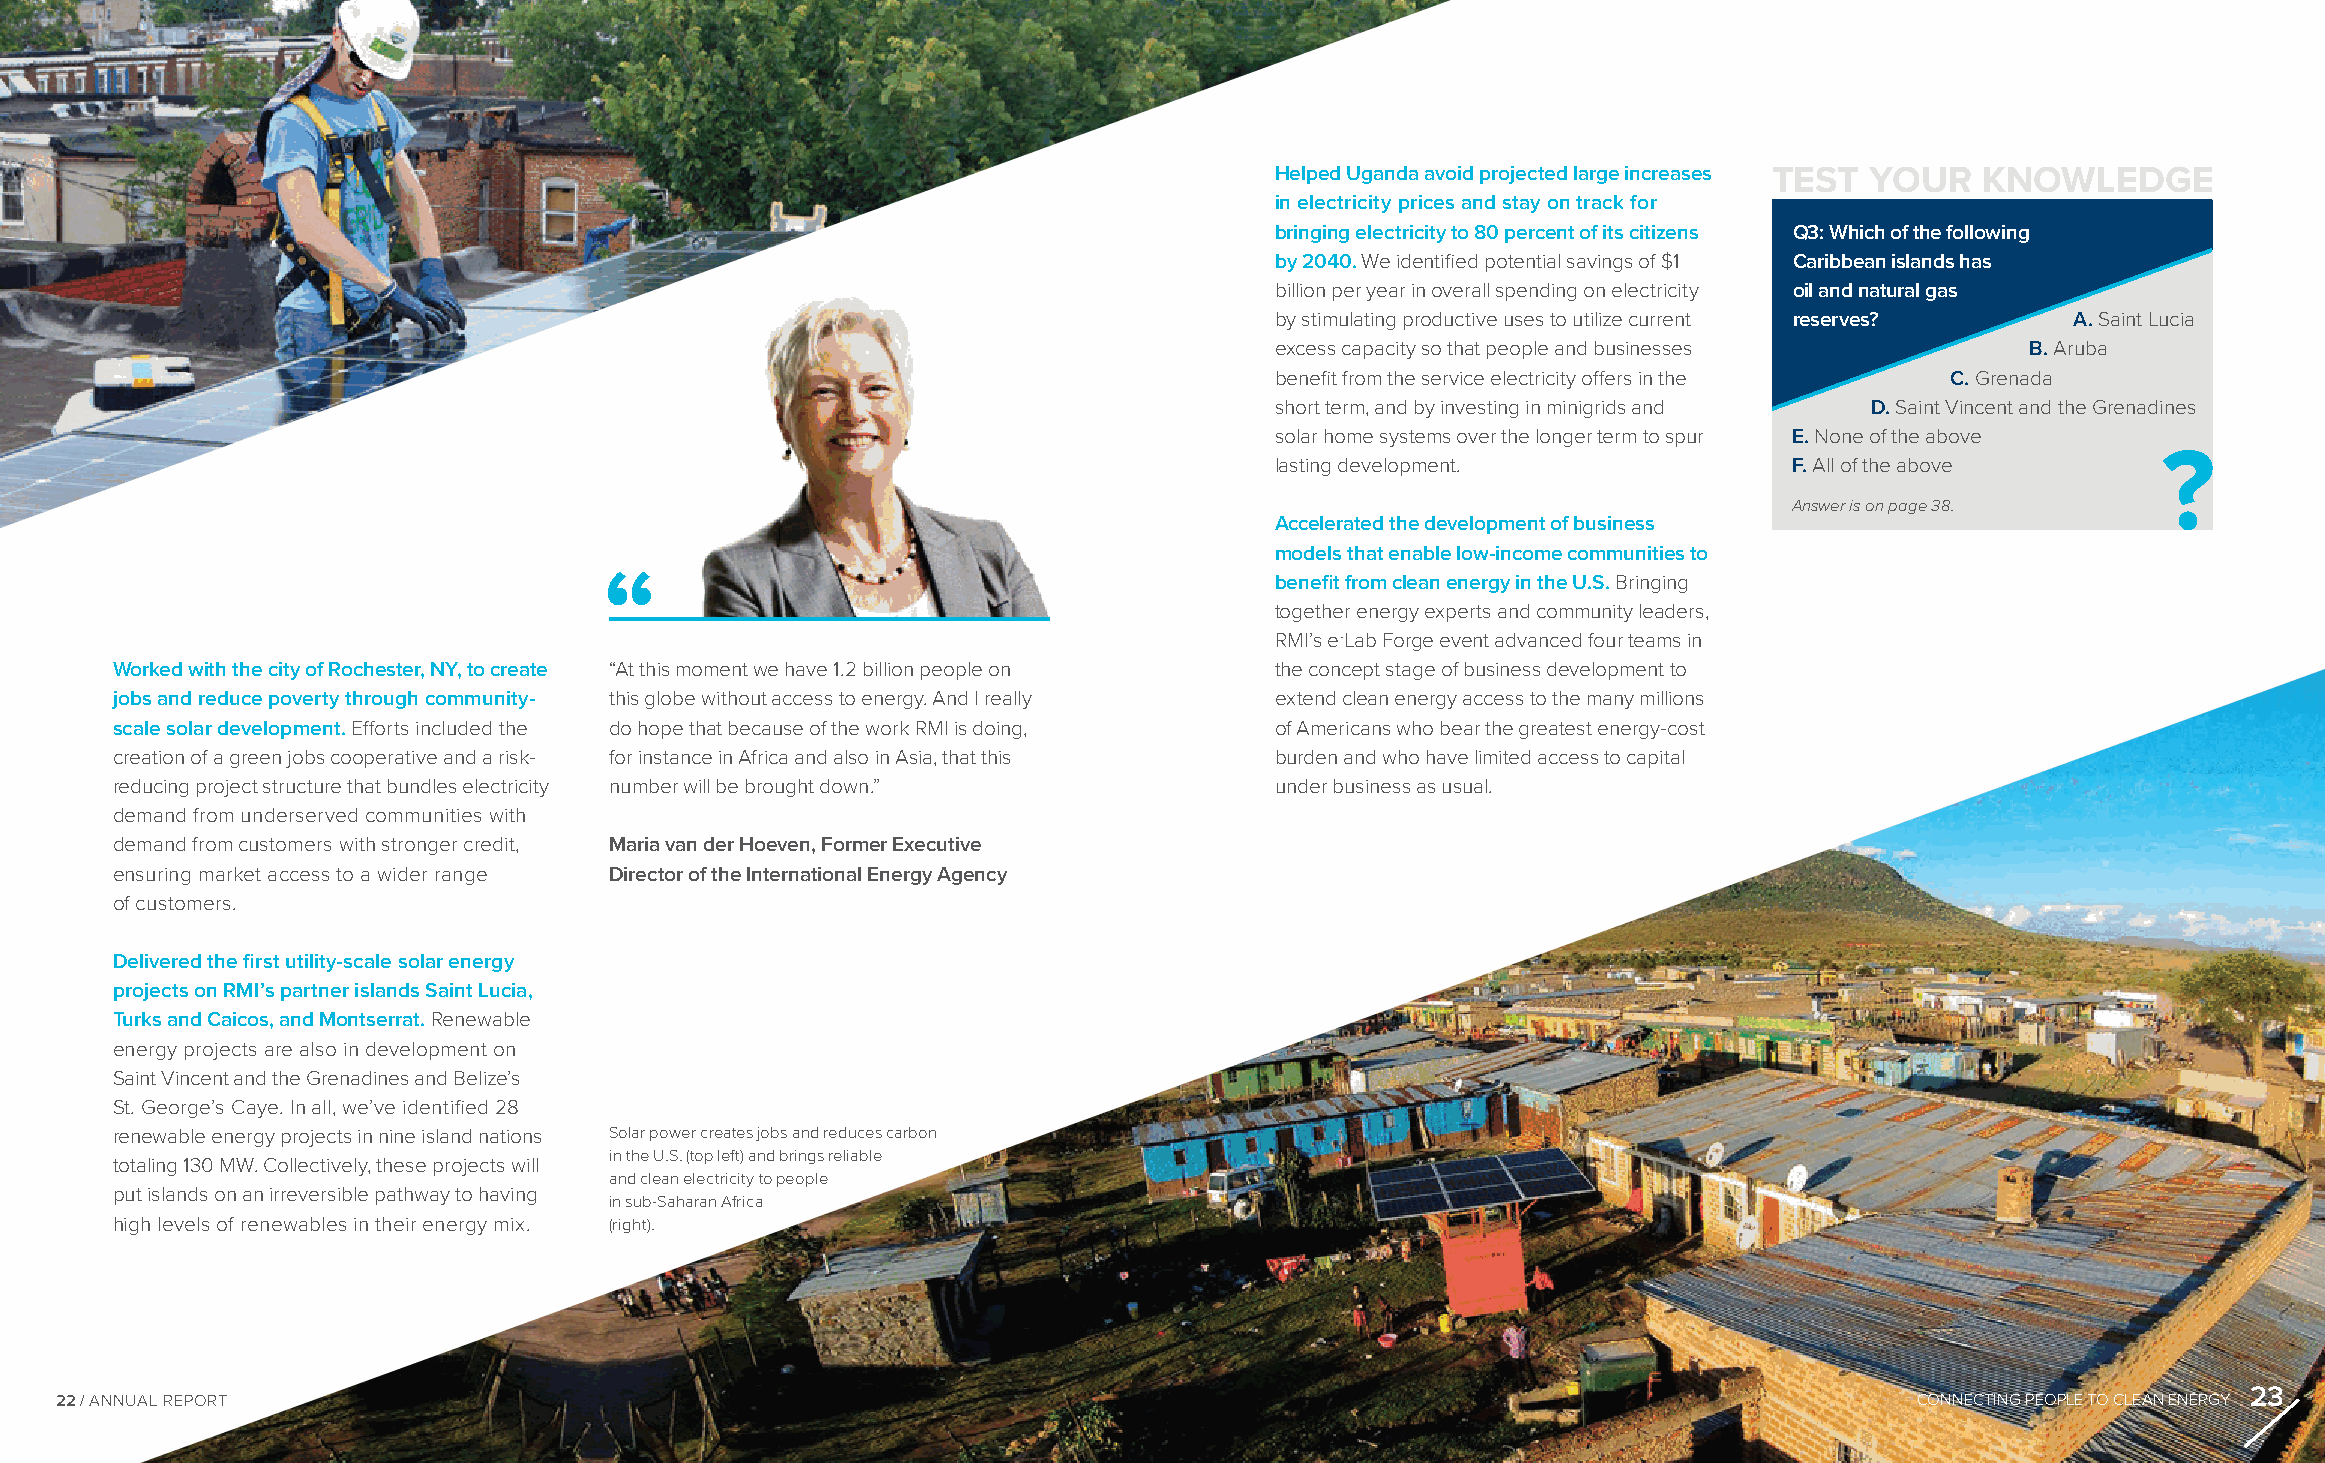
Helped Uganda avoid projected large increases TEST YOUR KNOWLEDGE
 in electricity prices and stay on track for
 bringing electricity to 80 percent of its citizens Q3: Which of the following
 by 2040. We identified potential savings of $1 Caribbean islands has
 billion per year in overall spending on electricity oil and natural gas
 by stimulating productive uses to utilize current reserves? A. Saint Lucia
 excess capacity so that people and businesses     B. Aruba
 benefit from the service electricity offers in the C. Grenada
 short term, and by investing in minigrids and D. Saint Vincent and the Grenadines
 solar home systems over the longer term to spur E. None of the above
 lasting development.               F. All of the above     ?
 Answer is on page 38.
 Accelerated the development of business
 models that enable low-income communities to
 “                                           benefit from clean energy in the U.S. Bringing
 together energy experts and community leaders,
 RMI’s e-Lab Forge event advanced four teams in
 Worked with the city of Rochester, NY, to create “At this moment we have 1.2 billion people on the concept stage of business development to
 jobs and reduce poverty through community- this globe without access to energy. And I really extend clean energy access to the many millions
 scale solar development. Efforts included the do hope that because of the work RMI is doing, of Americans who bear the greatest energy-cost
 creation of a green jobs cooperative and a risk- for instance in Africa and also in Asia, that this burden and who have limited access to capital
 reducing project structure that bundles electricity number will be brought down.” under business as usual.
 demand from underserved communities with
 demand from customers with stronger credit, Maria van der Hoeven, Former Executive
 ensuring market access to a wider range Director of the International Energy Agency
 of customers.
 Delivered the first utility-scale solar energy
 projects on RMI’s partner islands Saint Lucia,
 Turks and Caicos, and Montserrat. Renewable
 energy projects are also in development on
 Saint Vincent and the Grenadines and Belize’s
 St. George’s Caye. In all, we’ve identified 28
 renewable energy projects in nine island nations Solar power creates jobs and reduces carbon
 in the U.S. (top left) and brings reliable
 totaling 130 MW. Collectively, these projects will
 and clean electricity to people
 put islands on an irreversible pathway to having
 in sub-Saharan Africa
 high levels of renewables in their energy mix. (right).
 23
 22 / ANNUAL REPORT                                                                                                         CONNECTING PEOPLE TO CLEAN ENERGY